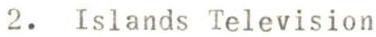
2. Islands Television